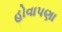
હોવાપણા